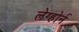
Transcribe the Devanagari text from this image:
लेग्होर्न